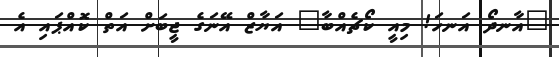
"އާނދޯ އަނހަ! މިއީ ކޯޗެއްބާ" އަޔާޒް އޭނަގެ ޖީބަށް އަތް ކޮއްޕައި އެ